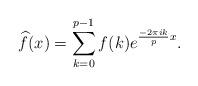
LaTeX: \begin{align*} \widehat{f}(x) = \sum^{p-1}_{k=0}f(k) e^{\frac{-2\pi ik}{p}x} . \end{align*}